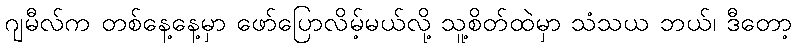
ဂျမီလ်က တစ်နေ့နေ့မှာ ဖော်ပြောလိမ့်မယ်လို့ သူ့စိတ်ထဲမှာ သံသယ ဘယ်၊ ဒီတော့